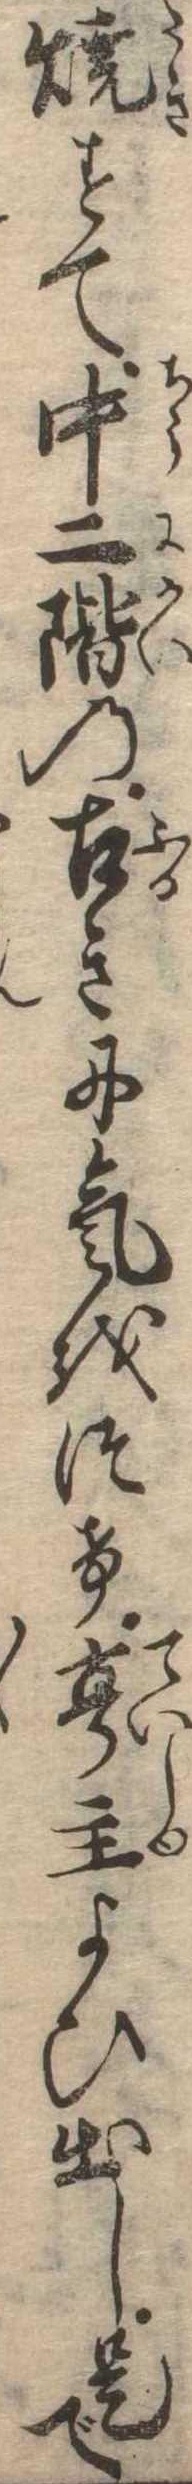
焼すて中二階の古きに気をつけ亭主よひ出し是で